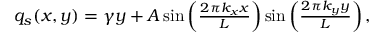
\begin{array} { r } { q _ { s } ( x , y ) = \gamma y + A \sin \left( \frac { 2 \pi k _ { x } x } { L } \right) \sin \left( \frac { 2 \pi k _ { y } y } { L } \right) , } \end{array}